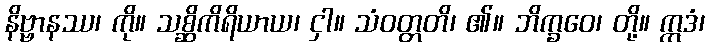
နိဗ္ဗာနဿ၊ ကို။ သစ္ဆိကိရိယာယ၊ ငှါ။ သံဝတ္တတိ၊ ၏။ ဘိက္ခဝေ၊ တို့။ ဣဒံ၊